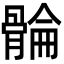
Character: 𮪮